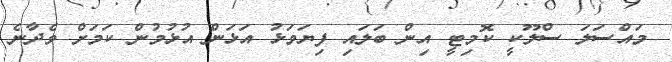
މައްސަލަ ސްލޫކީ ކޮމިޓީ އިން ބަލައި ފިޔަވަޅު އަޅަން އުޅުމުން ކަމަށް ވެދާނެ